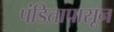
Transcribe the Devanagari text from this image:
पंडितापासून